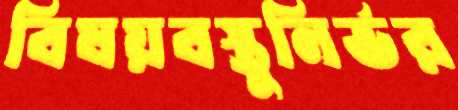
বিষয়বস্তুনির্ভর